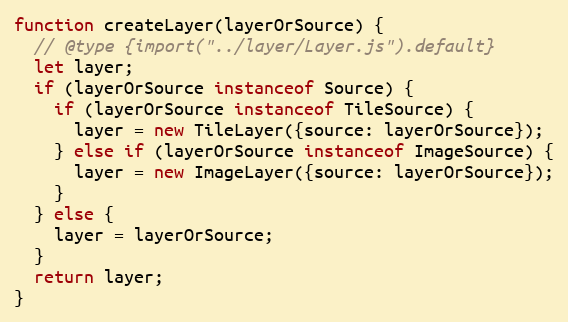
Language: JavaScript
function createLayer(layerOrSource) {
  // @type {import("../layer/Layer.js").default}
  let layer;
  if (layerOrSource instanceof Source) {
    if (layerOrSource instanceof TileSource) {
      layer = new TileLayer({source: layerOrSource});
    } else if (layerOrSource instanceof ImageSource) {
      layer = new ImageLayer({source: layerOrSource});
    }
  } else {
    layer = layerOrSource;
  }
  return layer;
}